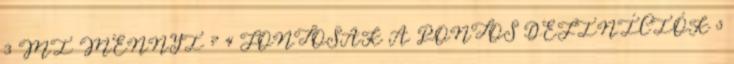
3 MI MENNYI ? 4 FONTOSAK A PONTOS DEFINÍCIÓK 5